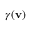
\gamma ( \mathbf { v } )